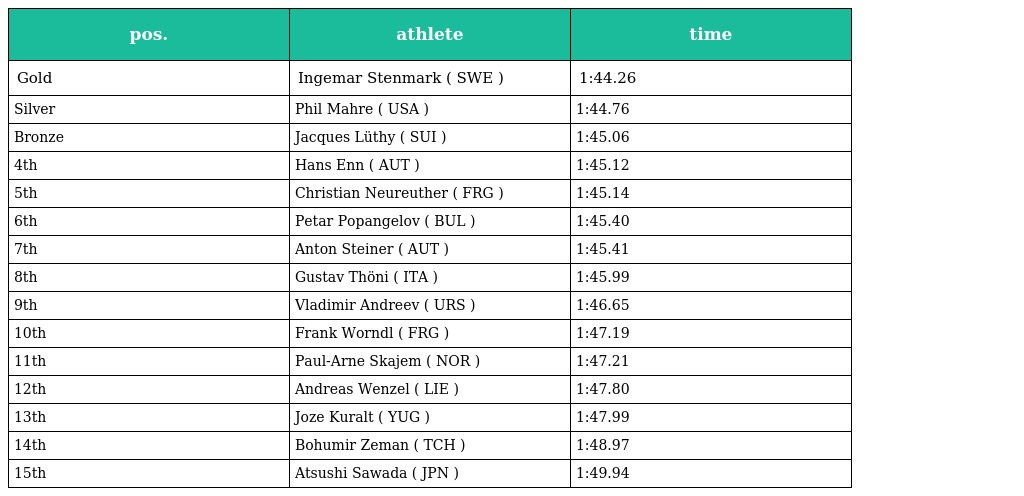
| pos. | athlete | time |
 | --- | --- | --- |
 | Gold | Ingemar Stenmark ( SWE ) | 1:44.26 |
 | Silver | Phil Mahre ( USA ) | 1:44.76 |
 | Bronze | Jacques Lüthy ( SUI ) | 1:45.06 |
 | 4th | Hans Enn ( AUT ) | 1:45.12 |
 | 5th | Christian Neureuther ( FRG ) | 1:45.14 |
 | 6th | Petar Popangelov ( BUL ) | 1:45.40 |
 | 7th | Anton Steiner ( AUT ) | 1:45.41 |
 | 8th | Gustav Thöni ( ITA ) | 1:45.99 |
 | 9th | Vladimir Andreev ( URS ) | 1:46.65 |
 | 10th | Frank Worndl ( FRG ) | 1:47.19 |
 | 11th | Paul-Arne Skajem ( NOR ) | 1:47.21 |
 | 12th | Andreas Wenzel ( LIE ) | 1:47.80 |
 | 13th | Joze Kuralt ( YUG ) | 1:47.99 |
 | 14th | Bohumir Zeman ( TCH ) | 1:48.97 |
 | 15th | Atsushi Sawada ( JPN ) | 1:49.94 |